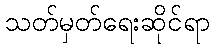
သတ်မှတ်ရေးဆိုင်ရာ